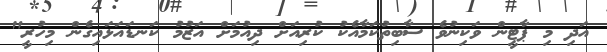
އަދި މި ޕާޓީން ވަކިނުވެ ސާބިތުކަމާއެކު ކުރިއަށް ދިއުމަށް އަޒުމު ކަނޑައަޅައިގެން މިހުރީ"